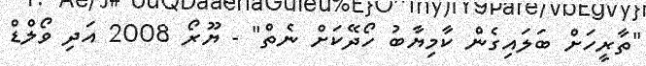
"ތާރީހަށް ބަލައިގެން ކާމިޔާބު ހޯދޭކަށް ނެތް" - ޔޫރޯ 2008 އަދި ވޯލްޑް